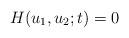
LaTeX: \begin{align*} H(u_1,u_2;t) = 0\end{align*}